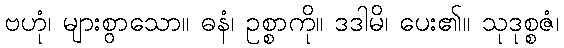
ဗဟုံ၊ များစွာသော။ ဓနံ၊ ဥစ္စာကို။ ဒဒါမိ၊ ပေး၏။ သုဒုစ္စဇံ၊